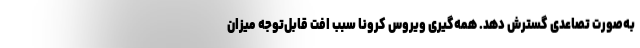
به‌صورت تصاعدی گسترش دهد. همه‌گیری ویروس کرونا سبب افت قابل‌توجه میزان